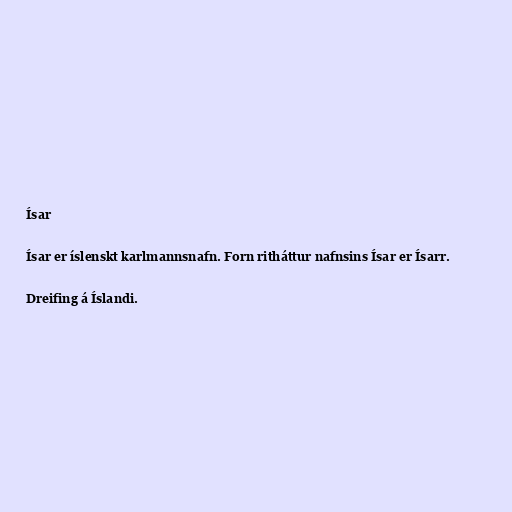
Ísar

Ísar er íslenskt karlmannsnafn. Forn ritháttur nafnsins Ísar er Ísarr.

Dreifing á Íslandi.